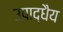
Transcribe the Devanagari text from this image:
उपाद्धैय